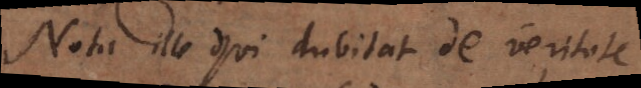
Nota ille qui dubitat de veritate